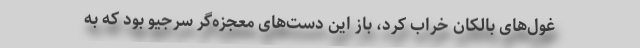
غول‌های بالکان خراب کرد، باز این دست‌های معجزه‌گر سرجیو بود که به